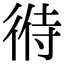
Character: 㣥